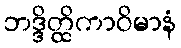
ဘဒ္ဒိတ္ထိကာဝိမာနံ